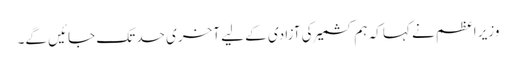
وزیر اعظم نے کہا کہ ہم کشمیر کی آزادی کے لیے آخری حد تک جائیں گے۔